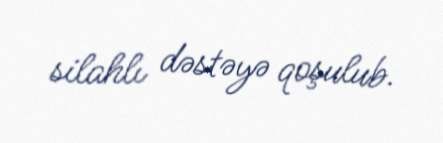
silahlı dəstəyə qoşulub.